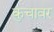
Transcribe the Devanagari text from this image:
कुचावर